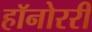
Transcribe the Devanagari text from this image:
हॉनोररी